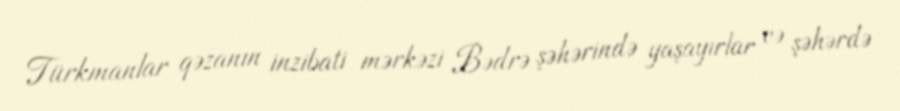
Türkmanlar qəzanın inzibati mərkəzi Bədrə şəhərində yaşayırlar və şəhərdə